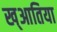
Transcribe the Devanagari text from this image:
ख्आतिया